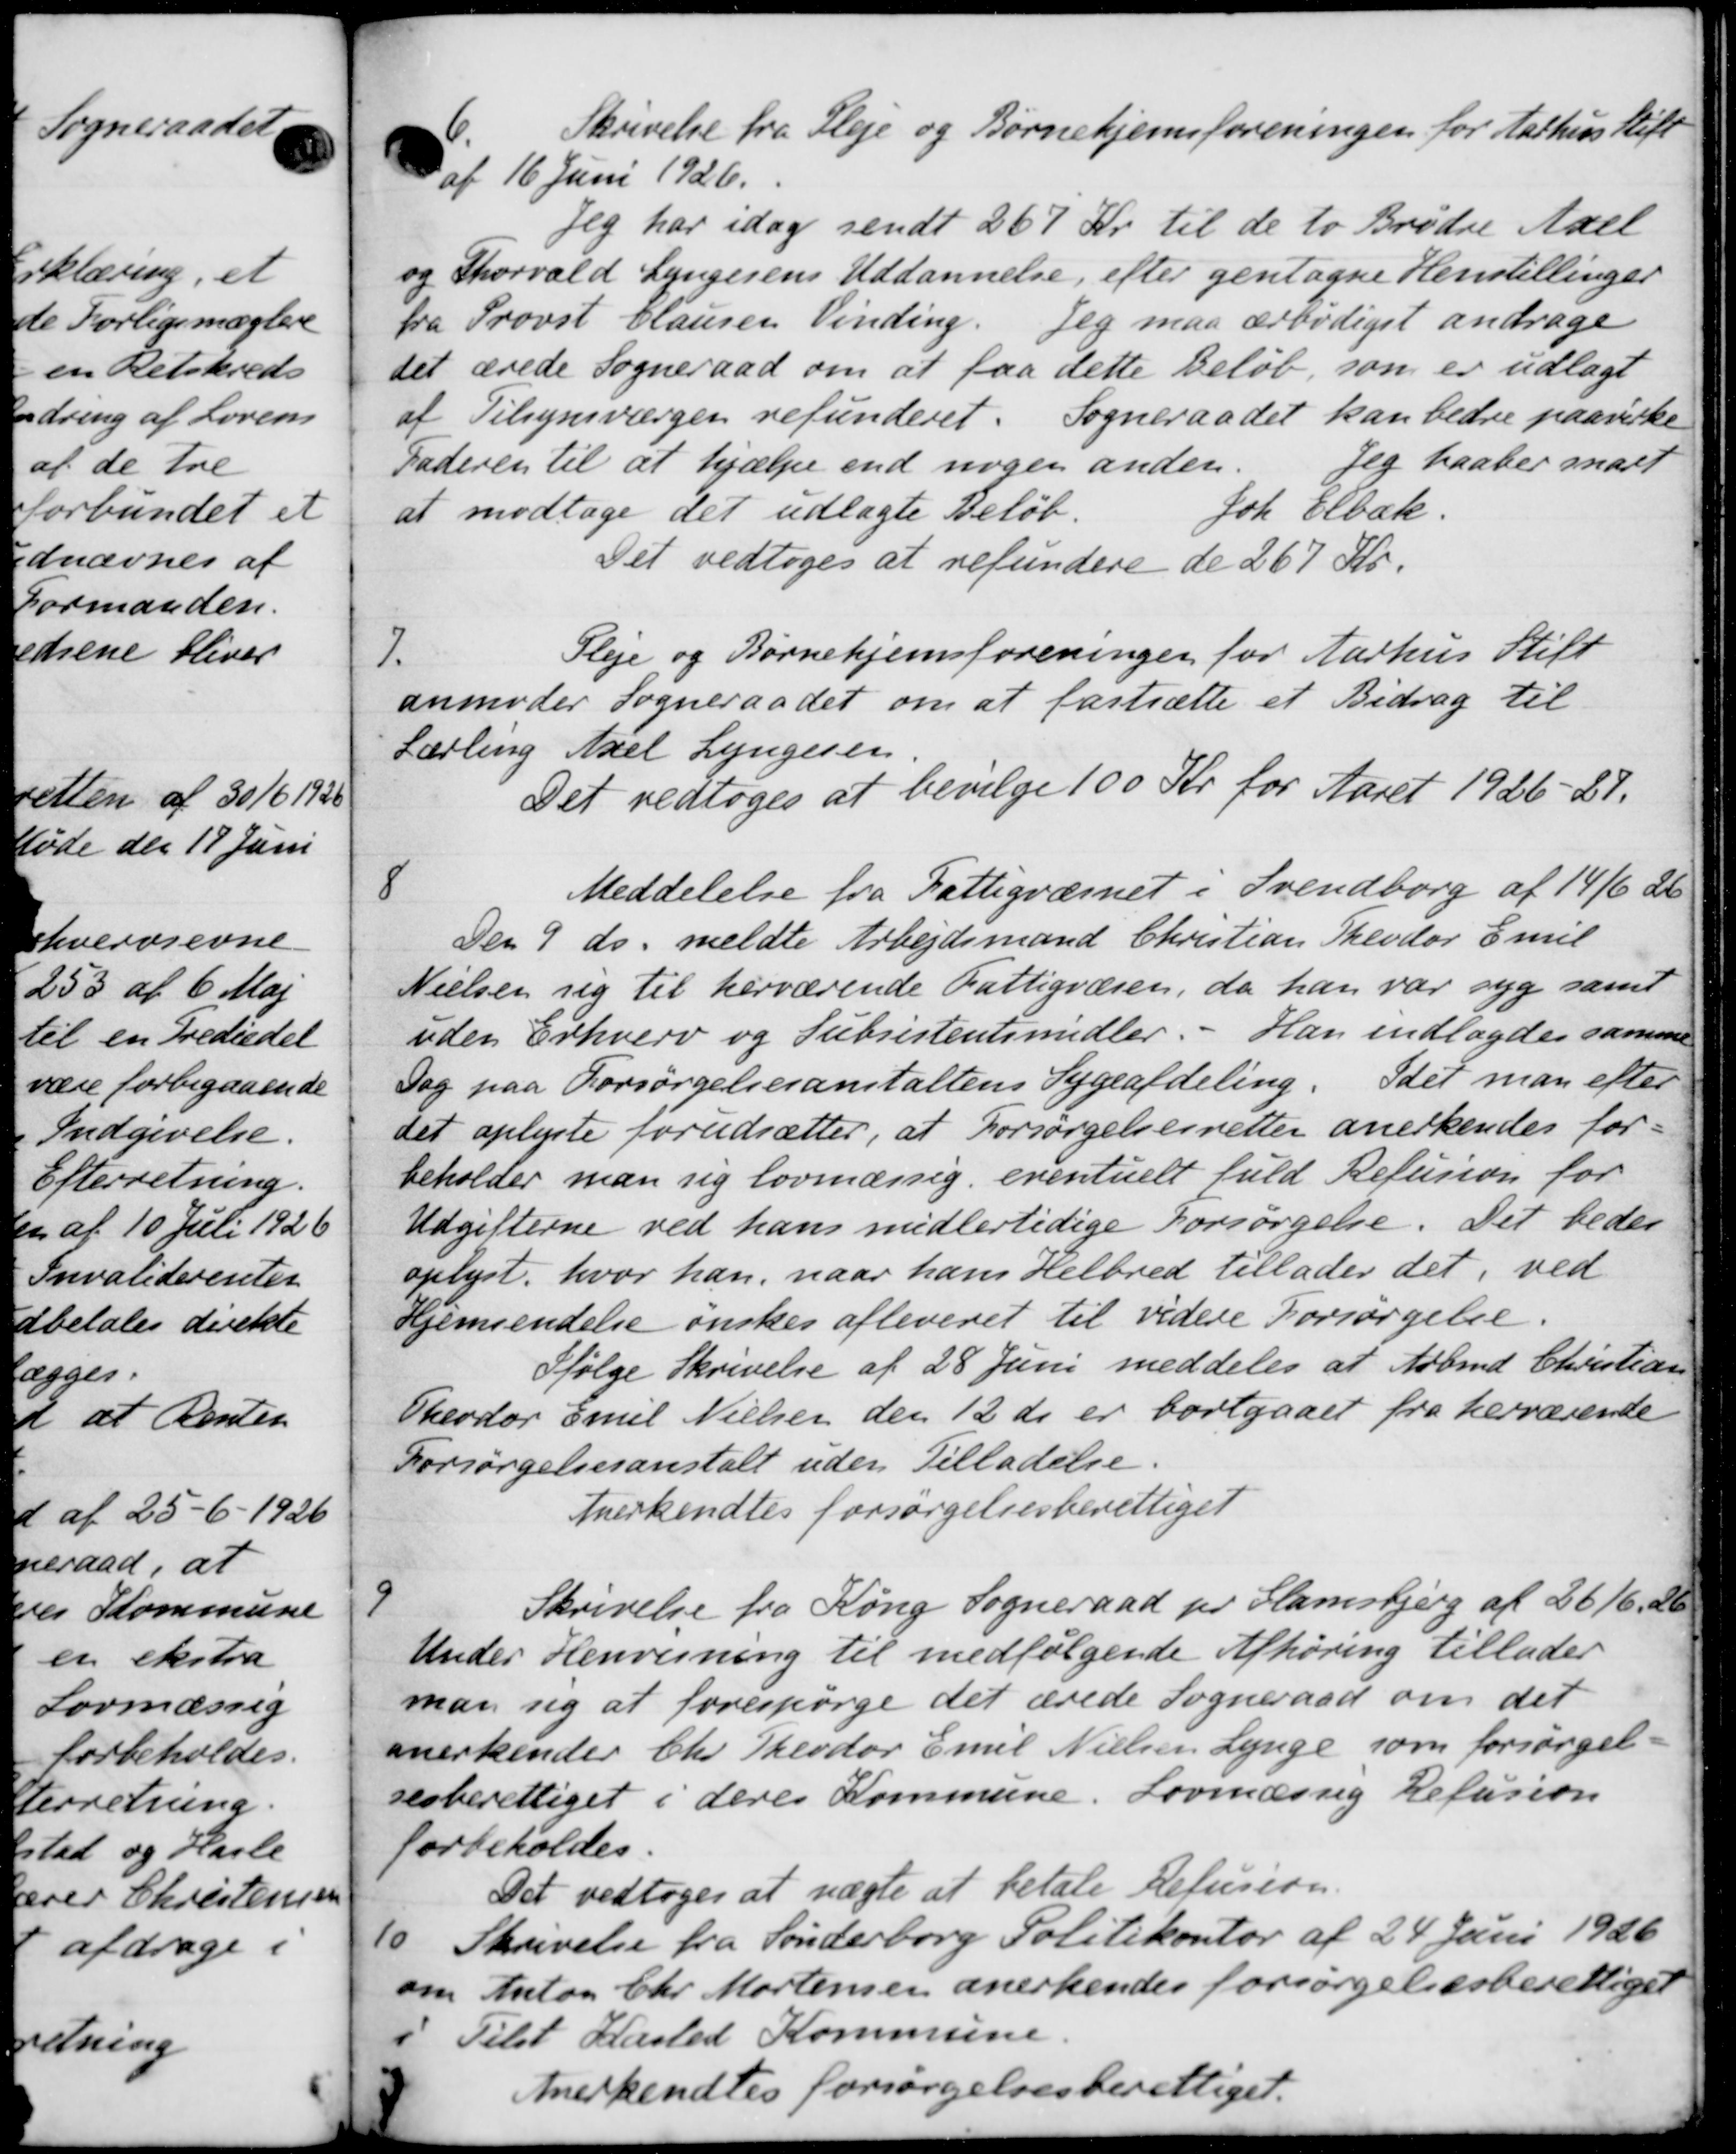
Transskription:
Skrivelse fra Pleje og Børnehjemsforeningen for Aarhus Stift
af 16 Juni 1926.
Jeg har idag sendt 267 Kr. til de to Brødre Axel
og Thorvald Lyngesens Uddannelse, efter gentagne Henstillinger
fra Provst Clausen Vinding. Jeg maa ærbødigst andrage
det ærede Sogneraad om at faa dette Beløb, som er udlagt
af Tilsynsværgen refunderet. Sogneraadet kan bedre paaviske
Faderen til at hjælpe end nogen anden.
Jeg haaber mart
at modtage det udlagte Beløb.
Joh. Elbæk
Det vedtoges at refundere de 267 Kr.
7.
Pleje og Børnehjemsforeningen for Aarhus Stift
anmoder Sogneraadet om at fastsætte et Bidrag til
Lærling Axel Lyngesen.
Det vedtoges at bevilge 100 Kr for Aaret 1926-27.
8
Meddelelse fra Fattigvæsnet i Svendborg af 14/6 2
Den 9 ds. meldte Arbejdsmand Christian Theodor Emil
Nielsen sig til herværende Fattigvæsen, da han var syg samt
uden Erhverv og Subsistentsmidler. - Han indlagdes samme
Dog paa Forsørgelsesanstaltens Sygeafdeling. Idet man efter
det oplyste forudsætter, at Forsørgelsesretter anerkendes for-
beholder man sig lovmæssig, eventuelt fuld Refusion for
Udgifterne ved hans midlertidige Forsørgelse. Det bedes
oplyst, hvor han, naar hans Helbred tillader det, ved
Hjemsendelse ønskes afleveret til videre Forsørgelse.
Ifølge Skrivelse af 28 Juni meddeles at Arbmd. Christian
Theodor Emil Nielsen den 12 ds er bortgaaet fra herværende
Forsørgelsesanstalt uden Tilladelse.
Anerkendtes forsørgelsesberettiget

Skrivelse fra Kong Sogneraad pr Flamsbjerg af 2616, 26
Under Henvisning til medfølgende Afhøring tillader
man sig at forespørge det ærede Sogneraad om det
anerkender Chr. Theodor Emil Nielsen Lynge som forsørgel-
sesberettiget i deres Kommune. Lovmæssig Refusion
forbeholdes.
Det vedtoges at nægte at betale Refusion.
10.
Skrivelse fra Sønderborg Politikontor af 24 Juni 1926
om Anton Chr. Mortensen anerkendes forsørgelsesberettiget
Tilst Hasled Kommune.
Anerkendtes forsørgelsesberettiget.